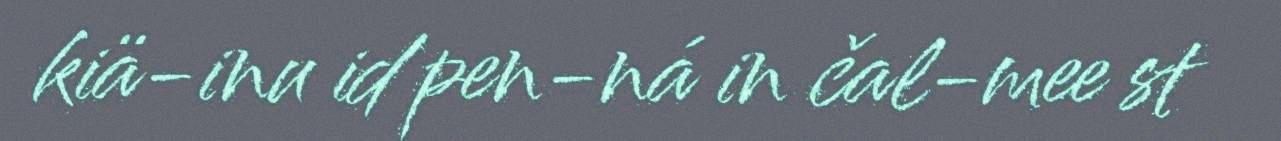
kiä-inu id pen-ná in čal-mee st